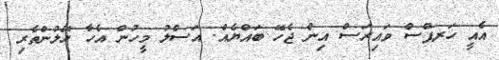
އެއީ ހަރޕްސް ވައިރަސް އިން ޖެހޭ ބައްޔެއް. އަސްލު މީހުން އެހާ ހޭލުންތެރި